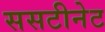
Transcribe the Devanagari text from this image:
ससटीनेट